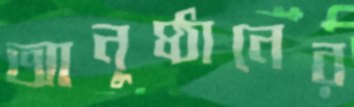
আনুষ্ঠানের